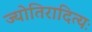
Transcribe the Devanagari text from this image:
ज्योतिरादित्यः